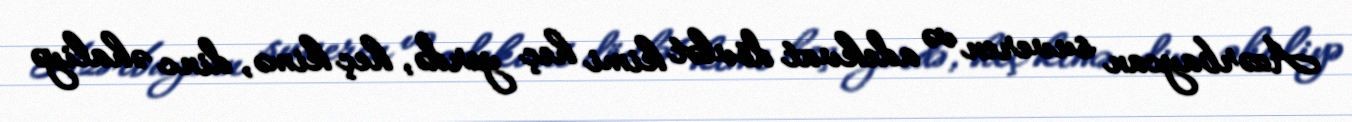
Azərbaycan suveren və adekvat dövlət kimi heç yerdə, heç kimə, dinc əhaliyə